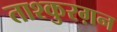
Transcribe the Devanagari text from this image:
ताश्कुरग़न